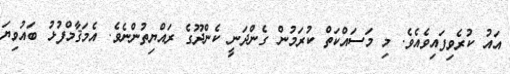
އައު ކުރެވިފައިވެއެވެ. މި މަސައްކަތް ކުރަމުން ގެންދަނީ ކެންދޫގެ ރައްޔިތުންނެވެ. އެމަޤާމްފުޅު ބައުވިޔަ